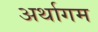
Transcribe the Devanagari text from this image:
अर्थागम